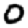
Digit: 0